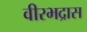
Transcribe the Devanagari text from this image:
वीरभद्रास